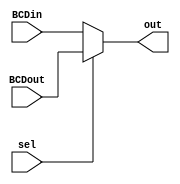
module QuadMux(input [3:0]BCDout,BCDin,input sel,output reg [3:0]out);

always @(BCDout,BCDin,sel) begin
if(sel == 0) out = BCDin;

else out = BCDout;

end

endmodule